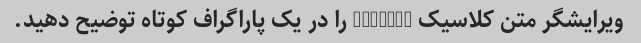
ویرایشگر متن کلاسیک "emacs" را در یک پاراگراف کوتاه توضیح دهید.